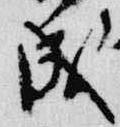
成